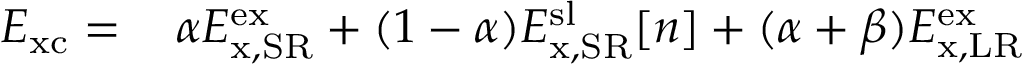
\begin{array} { r l } { E _ { \mathrm { x c } } = \, } & { { } \alpha E _ { \mathrm { x , S R } } ^ { \mathrm { e x } } + ( 1 - \alpha ) E _ { \mathrm { x , S R } } ^ { \mathrm { s l } } [ n ] + ( \alpha + \beta ) E _ { \mathrm { x , L R } } ^ { \mathrm { e x } } } \end{array}